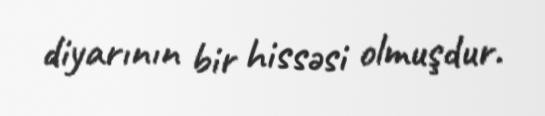
diyarının bir hissəsi olmuşdur.